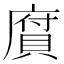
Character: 𢊾